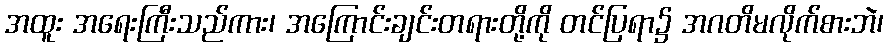
အထူး အရေးကြီးသည်ကား၊ အကြောင်းချင်းတရားတို့ကို တင်ပြရာ၌ အဂတိမလိုက်စားဘဲ၊